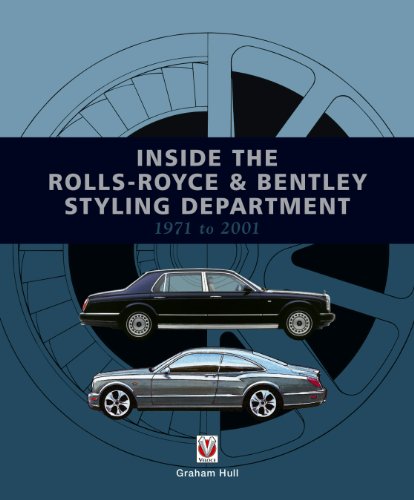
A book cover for Inside the Rolls-Royce & Bentley Styling Department 1971 to 2001; Graham Hull; Engineering & Transportation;